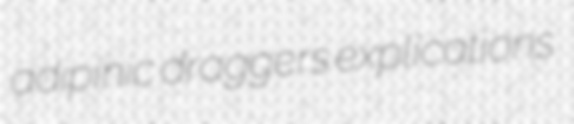
adipinic draggers explications